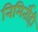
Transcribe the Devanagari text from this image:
निमिर्तीही